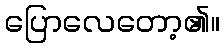
ပြောလေတော့၏။